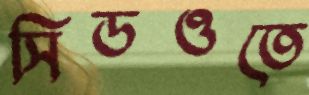
সিডওতে